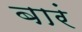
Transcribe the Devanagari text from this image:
बारं